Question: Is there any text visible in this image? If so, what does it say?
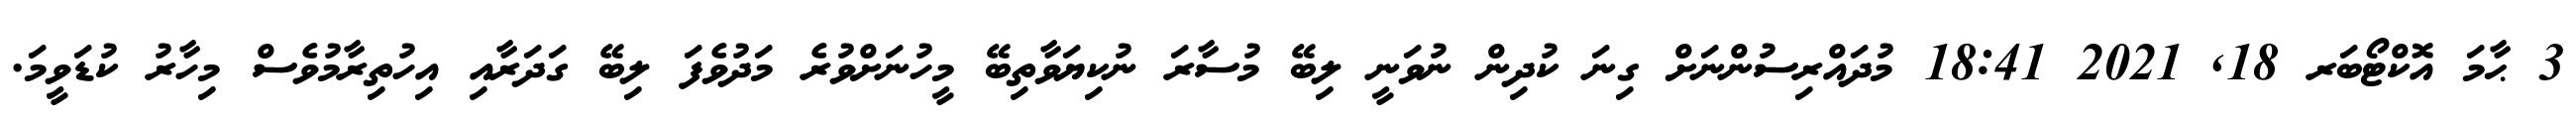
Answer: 3 ޙާމަ އޮކްޓޯބަރ 18, 2021 18:41 މުދައްރިސުންނަށް ގިނަ ކުދިން ނުވަނީ ލިބޭ މުސާރަ ނުކިޔަވާތިބޭ މީހުނަށްވުރެ މަދުވެފަ ލިބޭ ގަދަރާއި އިހުތިރާމުވެސް މިހާރު ކުޑަވީމަ.